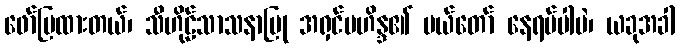
ဖော်ပြထားတယ်၊ သီဟိုဠ်သာသနာပြု အရှင်မဟိန္ဒ၏ မယ်တော် နေရပ်ပါပဲ၊ ယခုအခါ